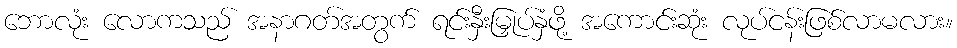
ဘောလုံး လောကသည် အနာဂတ်အတွက် ရင်းနှီးမြှုပ်နှံဖို့ အကောင်းဆုံး လုပ်ငန်းဖြစ်လာမလား။